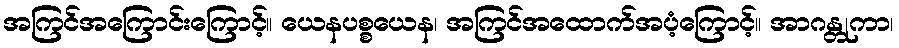
အကြင်အကြောင်းကြောင့်။ ယေနပစ္စယေန၊ အကြင်အထောက်အပံ့ကြောင့်။ အာဂန္တုကာ၊